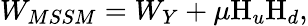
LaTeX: W_{MSSM}=W_{Y}+\mu\mathrm{H}_{u}\mathrm{H}_{d},